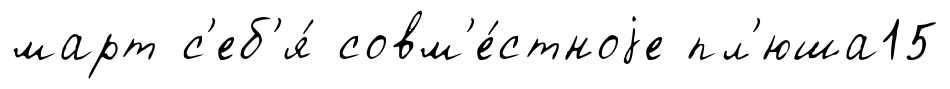
март с'еб'я́ совм'е́стноjе пл'юша15